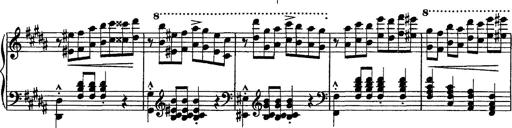
Title: Piano Sonata
Composer: Karl HÃ¤ssler
Key: C major